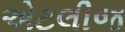
એટલીજ